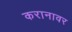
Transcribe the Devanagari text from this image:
करानावर